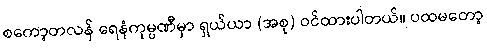
စကော့တလန် ရေနံကုမ္ပဏီမှာ ရှယ်ယာ (အစု) ဝင်ထားပါတယ်။ ပထမတော့